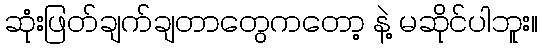
ဆုံးဖြတ်ချက်ချတာတွေကတော့ နဲ့ မဆိုင်ပါဘူး။